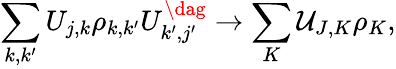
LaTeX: \sum_{k,k^{\prime}}U_{j,k}\rho_{k,k^{\prime}}U_{k^{\prime},j^{\prime}}^{\dag}\rightarrow\sum_{K}\mathcal{U}_{J,K}\rho_{K},